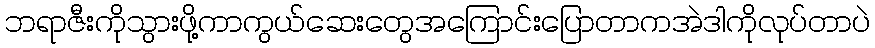
ဘရာဇီးကိုသွားဖို့ကာကွယ်ဆေးတွေအကြောင်းပြောတာကအဲဒါကိုလုပ်တာပဲ